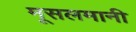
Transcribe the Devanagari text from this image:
मूसलमानी